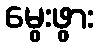
မွေးဖွား